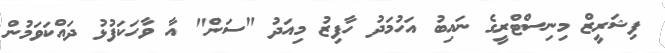
ފިޝަރީޒް މިނިސްޓްރީގެ ނައިބު އަހުމަދު ހާފިޒު މިއަދު "ސަން" އާ ވާހަކަފުޅު ދައްކަވަމުން